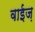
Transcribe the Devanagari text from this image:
वाईज़